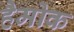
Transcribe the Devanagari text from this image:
हैमोक